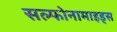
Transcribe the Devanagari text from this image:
सल्फोनामाइड्स